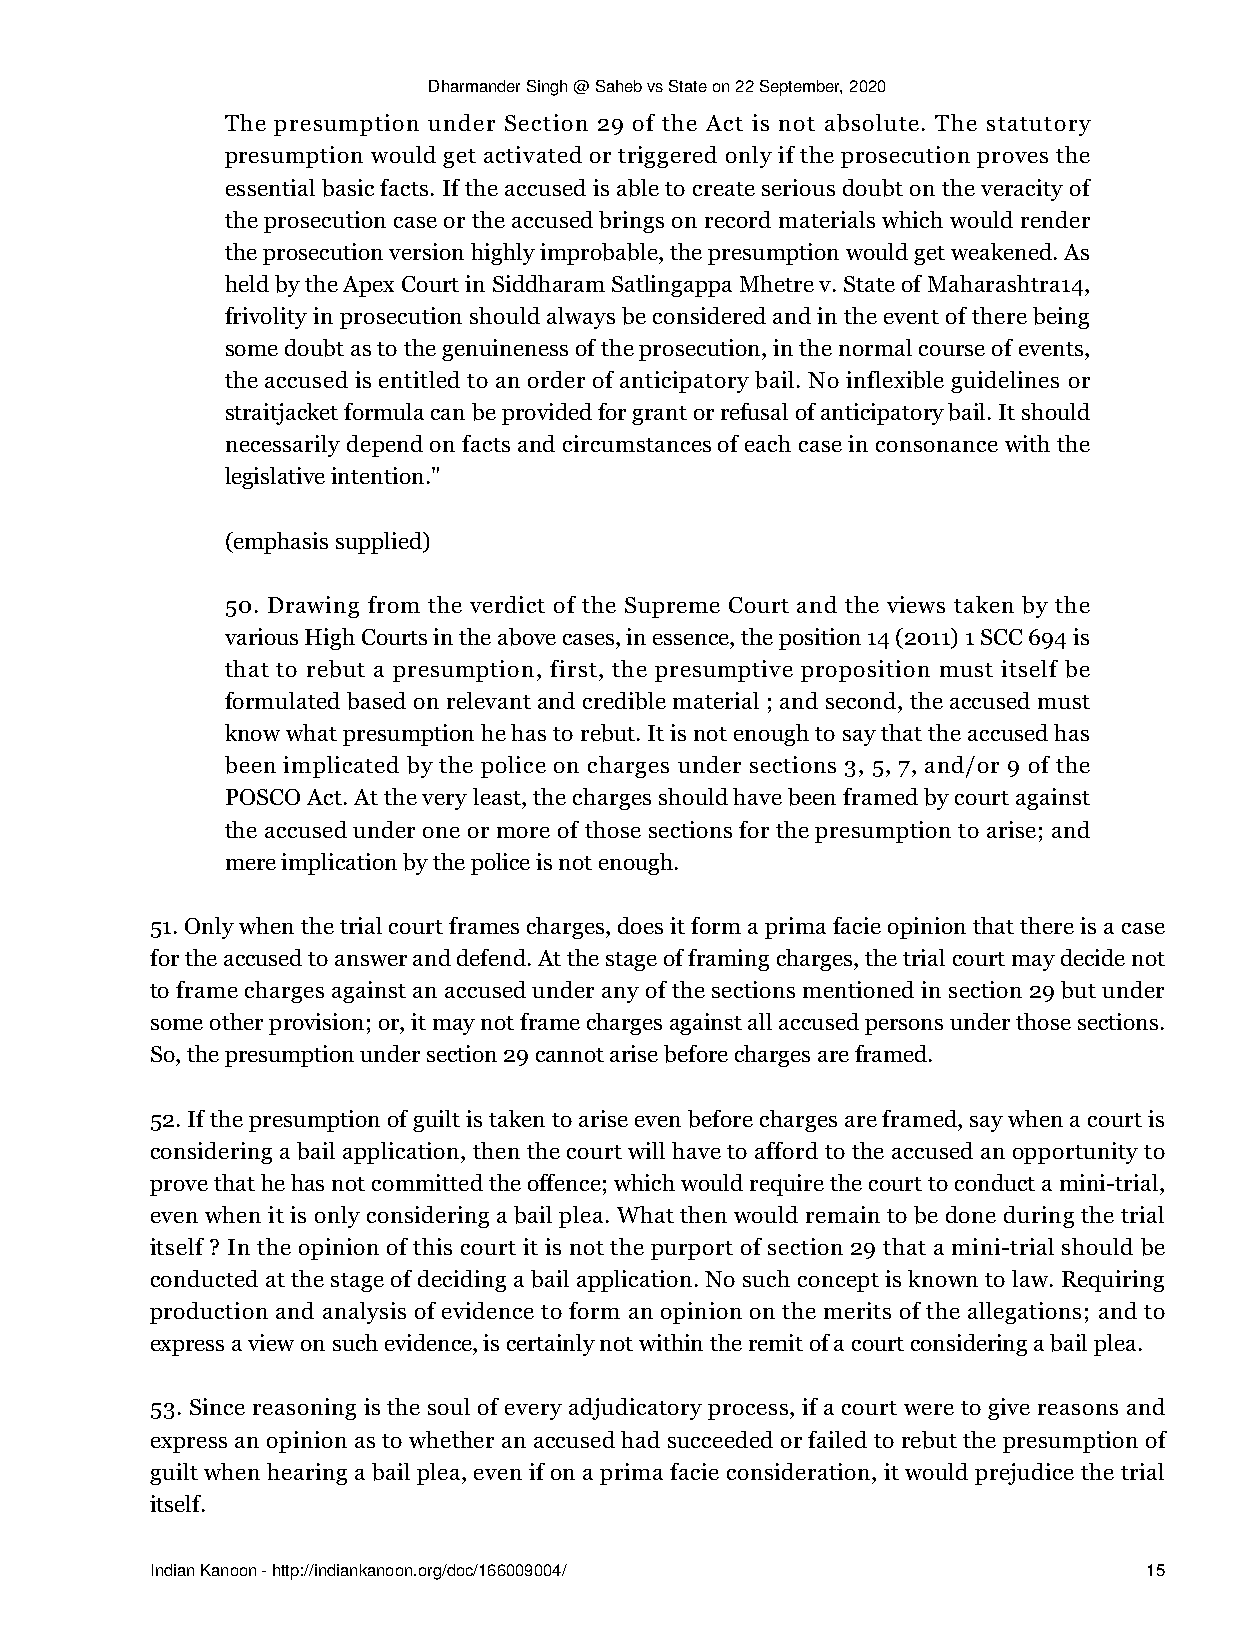
Dharmander Singh @ Saheb vs State on 22 September, 2020
 The presumption under Section 29 of the Act is not absolute. The statutory
 presumption would get activated or triggered only if the prosecution proves the
 essential basic facts. If the accused is able to create serious doubt on the veracity of
 the prosecution case or the accused brings on record materials which would render
 the prosecution version highly improbable, the presumption would get weakened. As
 held by the Apex Court in Siddharam Satlingappa Mhetre v. State of Maharashtra14,
 frivolity in prosecution should always be considered and in the event of there being
 some doubt as to the genuineness of the prosecution, in the normal course of events,
 the accused is entitled to an order of anticipatory bail. No inflexible guidelines or
 straitjacket formula can be provided for grant or refusal of anticipatory bail. It should
 necessarily depend on facts and circumstances of each case in consonance with the
 legislative intention."
 (emphasis supplied)
 50. Drawing from the verdict of the Supreme Court and the views taken by the
 various High Courts in the above cases, in essence, the position 14 (2011) 1 SCC 694 is
 that to rebut a presumption, first, the presumptive proposition must itself be
 formulated based on relevant and credible material ; and second, the accused must
 know what presumption he has to rebut. It is not enough to say that the accused has
 been implicated by the police on charges under sections 3, 5, 7, and/or 9 of the
 POSCO Act. At the very least, the charges should have been framed by court against
 the accused under one or more of those sections for the presumption to arise; and
 mere implication by the police is not enough.
 51. Only when the trial court frames charges, does it form a prima facie opinion that there is a case
 for the accused to answer and defend. At the stage of framing charges, the trial court may decide not
 to frame charges against an accused under any of the sections mentioned in section 29 but under
 some other provision; or, it may not frame charges against all accused persons under those sections.
 So, the presumption under section 29 cannot arise before charges are framed.
 52. If the presumption of guilt is taken to arise even before charges are framed, say when a court is
 considering a bail application, then the court will have to afford to the accused an opportunity to
 prove that he has not committed the offence; which would require the court to conduct a mini-trial,
 even when it is only considering a bail plea. What then would remain to be done during the trial
 itself ? In the opinion of this court it is not the purport of section 29 that a mini-trial should be
 conducted at the stage of deciding a bail application. No such concept is known to law. Requiring
 production and analysis of evidence to form an opinion on the merits of the allegations; and to
 express a view on such evidence, is certainly not within the remit of a court considering a bail plea.
 53. Since reasoning is the soul of every adjudicatory process, if a court were to give reasons and
 express an opinion as to whether an accused had succeeded or failed to rebut the presumption of
 guilt when hearing a bail plea, even if on a prima facie consideration, it would prejudice the trial
 itself.
 Indian Kanoon - http://indiankanoon.org/doc/166009004/            15